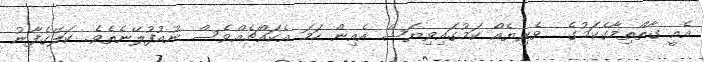
އެއީ ގާތްތިމާގެކަމުގެ  ވެރިޔެއް ކަމުގައިވިޔަސް އެއިން ހަމަ އެކައްޗެއްވެސް ނުއުފުލޭނެތެވެ. ކަލޭގެފާނު